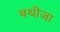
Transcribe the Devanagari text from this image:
बथीजा